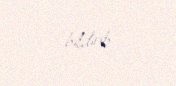
bildirib.